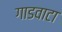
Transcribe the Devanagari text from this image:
गाडवाटा